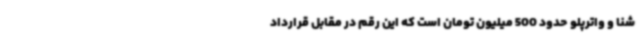
شنا و واترپلو حدود 500 میلیون تومان است که این رقم در مقابل قرارداد